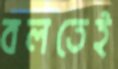
বলতেই